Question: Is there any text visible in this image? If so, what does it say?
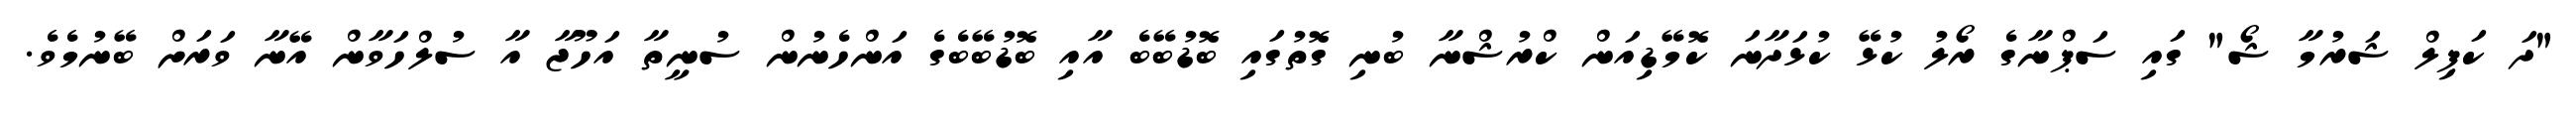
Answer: "ދަ ކަޕިލް ޝަރުމާ ޝޯ" ގައި ސަޕްނާގެ ރޯލު ކުޅޭ ކުޅަދާނަ ކޮމޭޑިއަން ކްރުޝްނާ ބުނި ގޮތުގައި ބޮޑުބޭބެ އާއި ބޮޑުބޭބެގެ އަންހެނުން ސުނީތާ އަހޫޖާ އާ ސުލްހަވާން އޭނާ ވަރަށް ބޭނުމެވެ.